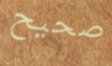
صحيح